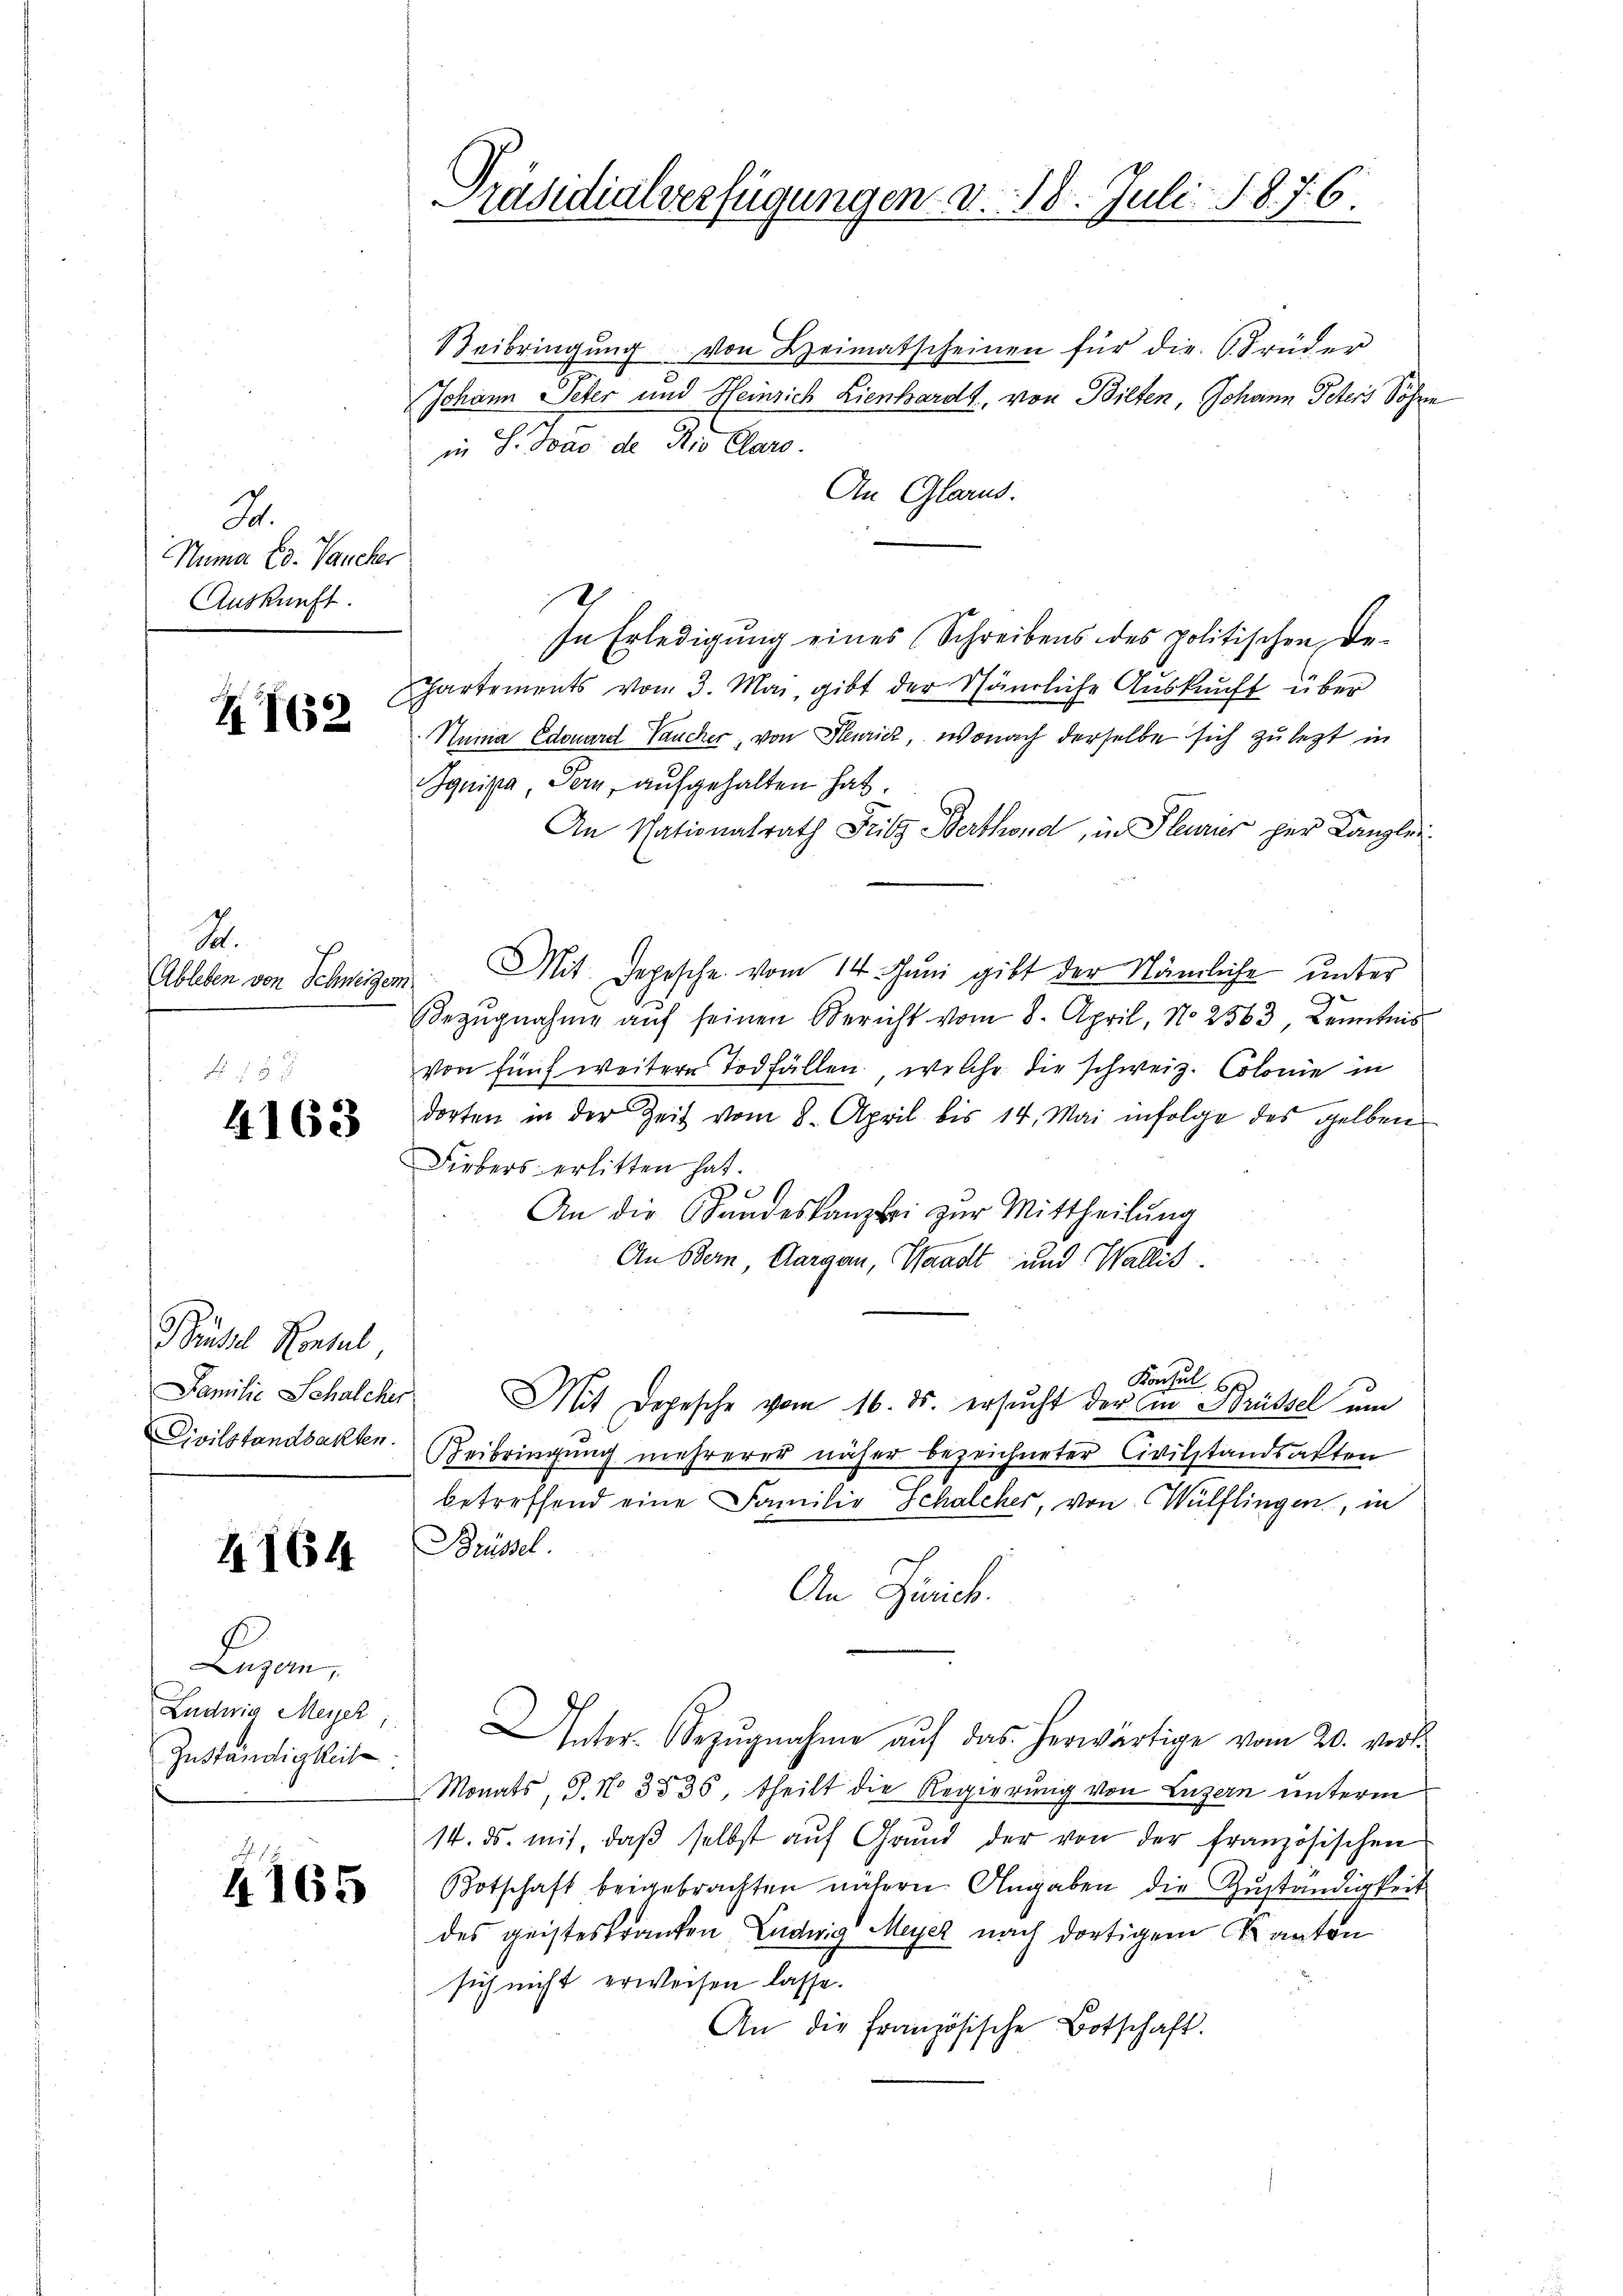
2.
Numa Ed. Laucher
Auskunft.

Z 162

S.
Ableben von Schweizer.

4163

Büsse Konsul
Familie Schalcher
Civilstandsakten.

4164

Lugan
Zuständigkeit.

Präsidialverfügungen v. 18. Juli 187. 6.

Beibringŭng von Heimatscheinen für die Brüder
Johann Peter und Heinrich Lienhardt, von Bilten, Johann Peters Söhne
in S. Das de die Claro.
An Glarus.
In Erledigung eines Schreibens des politischen De-
Chartements vom 3. Mai, gibt der Nämliche Auskunft über
Nuina Edouard Taucher, von Henrich, wonach derselbe sich zu letzt in
Iquipa, Bern, aufgehalten hat.
An Nationalrath Fritz Berthond, in Pleurier her Kanzlei.
Mit. Depesche vom 14. Juni gibt der Nämliche unter
Bezŭgnahme aŭf seinen Bericht vom 8. April, No. 2563, Kenntnis
von fünf weitere Todfällen, welche die schweiz. Colonie in
dorten in der Zeit vom 8. April bis 14. Mai infolge des gelben
Fiebers erlitten hat.
g
An die Gnadeskanzlei zur Mittheilung
An Bern, Aargau, Waadt und Wallis.
Konsul 60
Mit Depesche vom 16. ds. ersŭcht der Ein Brüssel um
Beibringŭng mehrerer näher bezeichneter Civilstandsakten
betreffend eine Familie Schalcher, von Wülflingen, in
Brüssel.
An Zürich.
Ludwig Meyer, Inter-Bezŭgnahme aŭf das herwärtige vom 20. vers.
Monats, S. No 3536, theilt die Regierung von Luzern unterm
14. ds. mit, daβ selbst aŭf Grŭnd der von der französischen
1 Botschaft beigebrachten nähern Angaben die Zŭständigkeit
des geisteskranken Ludwig Meyer nach dortigem Kanton
sich nicht erweisen lasse.
An die französische Botschaft.